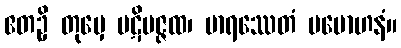
ဧတဥှိ တုမှေ ပဋိပဇ္ဇထ၊ မာရဿေတံ ပမောဟနံ။